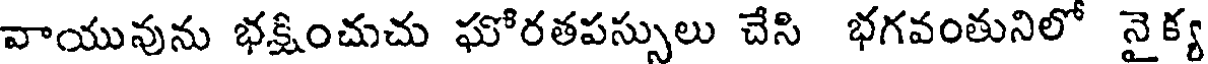
వాయువును భక్షించుచు ఘోరతపస్సులు చేసి భగవంతునిలో నైక్య